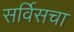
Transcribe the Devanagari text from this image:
सर्विसचा